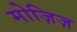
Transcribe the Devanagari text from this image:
मोज़िज़